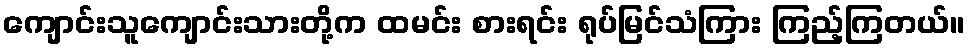
ကျောင်းသူကျောင်းသားတို့က ထမင်း စားရင်း ရုပ်မြင်သံကြား ကြည့်ကြတယ်။